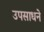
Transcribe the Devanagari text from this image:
उपसाधने